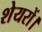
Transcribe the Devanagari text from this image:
शेयरों।